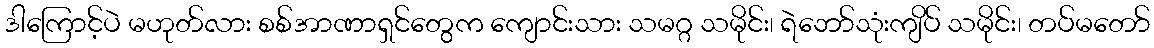
ဒါကြောင့်ပဲ မဟုတ်လား စစ်အာဏာရှင်တွေက ကျောင်းသား သမဂ္ဂ သမိုင်း၊ ရဲဘော်သုံးကျိပ် သမိုင်း၊ တပ်မတော်